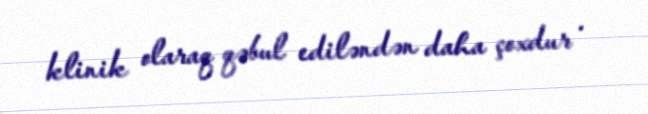
klinik olaraq qəbul ediləndən daha çoxdur .